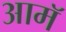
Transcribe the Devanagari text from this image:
आमॅ